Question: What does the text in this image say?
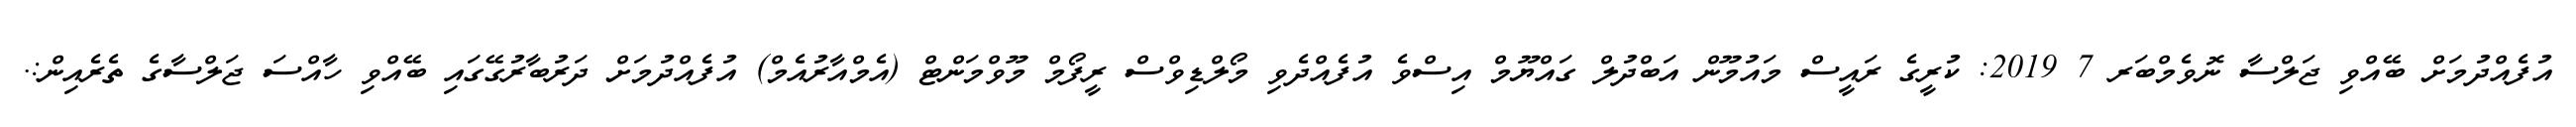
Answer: އުފެއްދުމަށް ބޭއްވި ޖަލްސާ ނޮވެމްބަރ 7 2019: ކުރީގެ ރައީސް މައުމޫން އަބްދުލް ގައްޔޫމް އިސްވެ އުފެއްދެވި މޯލްޑިވްސް ރީފޯމް މޫވްމަންޓް (އެމްއާރުއެމް) އުފެއްދުމަށް ދަރުބާރުގޭގައި ބޭއްވި ހާއްސަ ޖަލްސާގެ ތެރެއިން:.